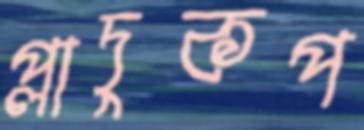
প্লাদুকপ